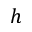
h